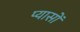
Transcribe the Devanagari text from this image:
प्यासों